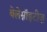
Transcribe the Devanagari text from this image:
बेलेम्नॉइटीज़